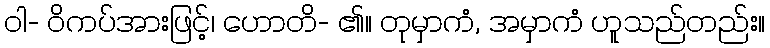
ဝါ- ဝိကပ်အားဖြင့်၊ ဟောတိ- ၏။ တုမှာကံ, အမှာကံ ဟူသည်တည်း။